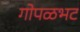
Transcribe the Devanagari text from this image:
गोपळभट